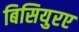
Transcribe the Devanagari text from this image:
बिसियुरए